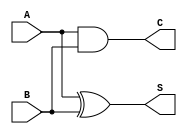
module CurrentModeHalfAdder (
    input wire A,   // Current input A
    input wire B,   // Current input B
    output wire S,  // Current output for Sum
    output wire C   // Current output for Carry
);

    // Logic for Sum (S = A XOR B)
    assign S = A ^ B; // XOR operation for sum

    // Logic for Carry (C = A AND B)
    assign C = A & B; // AND operation for carry

endmodule